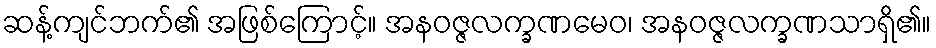
ဆန့်ကျင်ဘက်၏ အဖြစ်ကြောင့်။ အနဝဇ္ဇလက္ခဏမေဝ၊ အနဝဇ္ဇလက္ခဏသာရှိ၏။